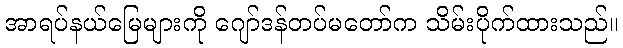
အာရပ်နယ်မြေများကို ဂျော်ဒန်တပ်မတော်က သိမ်းပိုက်ထားသည်။